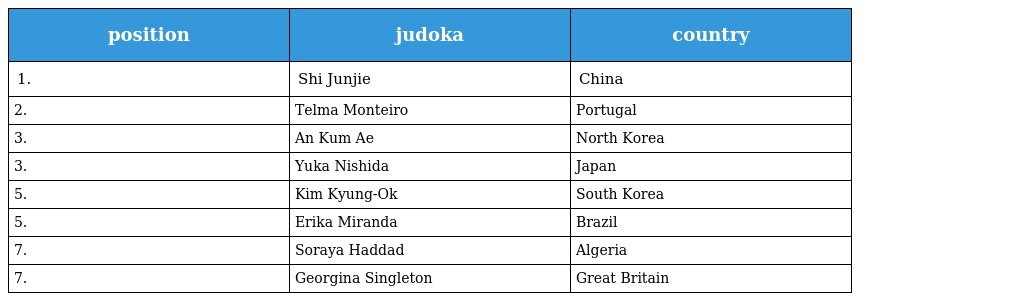
| position | judoka | country |
 | --- | --- | --- |
 | 1. | Shi Junjie | China |
 | 2. | Telma Monteiro | Portugal |
 | 3. | An Kum Ae | North Korea |
 | 3. | Yuka Nishida | Japan |
 | 5. | Kim Kyung-Ok | South Korea |
 | 5. | Erika Miranda | Brazil |
 | 7. | Soraya Haddad | Algeria |
 | 7. | Georgina Singleton | Great Britain |